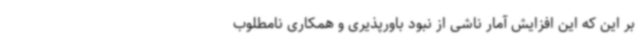
بر این که این افزایش آمار ناشی از نبود باورپذیری و همکاری نامطلوب